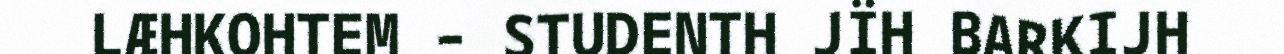
LÆHKOHTEM – STUDENTH JÏH BARKIJH